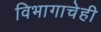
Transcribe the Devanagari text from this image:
विभागाचेही